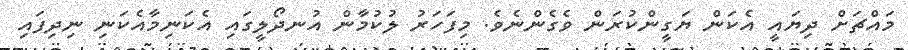
މައްޗަށް ދިޔައީ އެކަން ޔަގީންކުރަން ވެގެންނެވެ. މިފަހަރު ލުކުމާން އުނދޯލީގައި އެކަނިމާއެކަނި ނިދިފައި